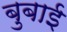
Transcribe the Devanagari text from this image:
बुबाई